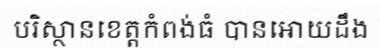
បរិស្ថានខេត្តកំពង់ធំ បានអោយដឹង